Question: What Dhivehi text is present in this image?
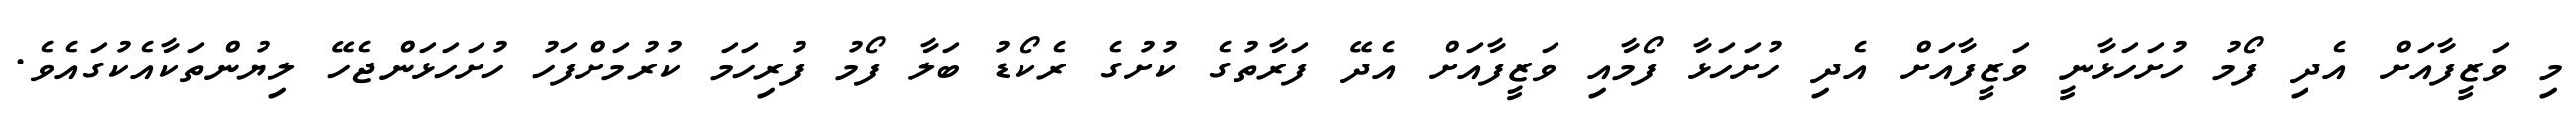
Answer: މި ވަޒީފާއަށް އެދި ފޯމު ހުށަހަޅާނީ ވަޒީފާއަށް އެދި ހުށަހަޅާ ފޯމާއި ވަޒީފާއަށް އެދޭ ފަރާތުގެ ކުށުގެ ރެކޯޑު ބަލާ ފޯމު ފުރިހަމަ ކުރުމަށްފަހު ހުށަހަޅަންޖެހޭ ލިޔުންތަކާއެކުގައެވެ.